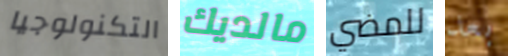
التكنولوجيا مالديك للمضي بعد